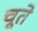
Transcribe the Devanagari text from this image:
चूते